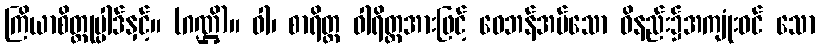
ကြိယာစိတ္တုပ္ပါဒ်နှင့်။ (ဂဏ္ဌိ)။ ဝါ၊ စာရိတ္တ ဝါရိတ္တအားဖြင့် ဝေဘန်အပ်သော ဝိနည်း၌အကျုံးဝင် သော